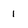
Character: 1